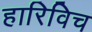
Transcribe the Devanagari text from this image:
हारिविच